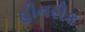
હીનરીક